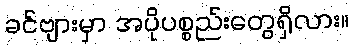
ခင်ဗျားမှာ အပိုပစ္စည်းတွေရှိလား။